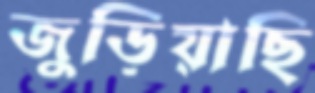
জুড়িয়াছি